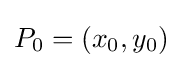
P_{0}=(x_{0},y_{0})